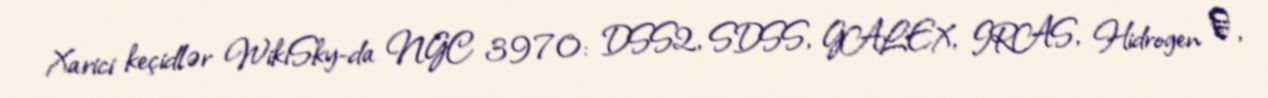
Xarici keçidlər WikiSky-da NGC 3970: DSS2, SDSS, GALEX, IRAS, Hidrogen α,